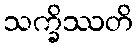
သက္ခိဿတိ